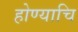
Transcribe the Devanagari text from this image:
होण्याचि